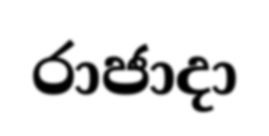
රාජාදා